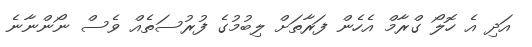
އަދި އެ ހޮލޯ ގްރާމް އެހެން ފަރާތަށް ލިބުމުގެ ފުރުސަތެއް ވެސް ނޯންނާނެ